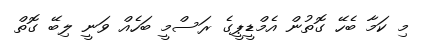
މި ކަމާ ބެހޭ ގޮތުން އެމްޑީޕީގެ ރަސްމީ ބަހެއް ވަނީ ލިބޭ ގޮތް